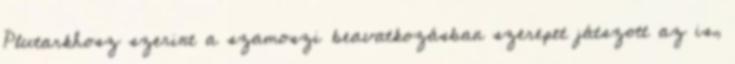
Plutarkhosz szerint a szamoszi beavatkozásban szerepet játszott az is,